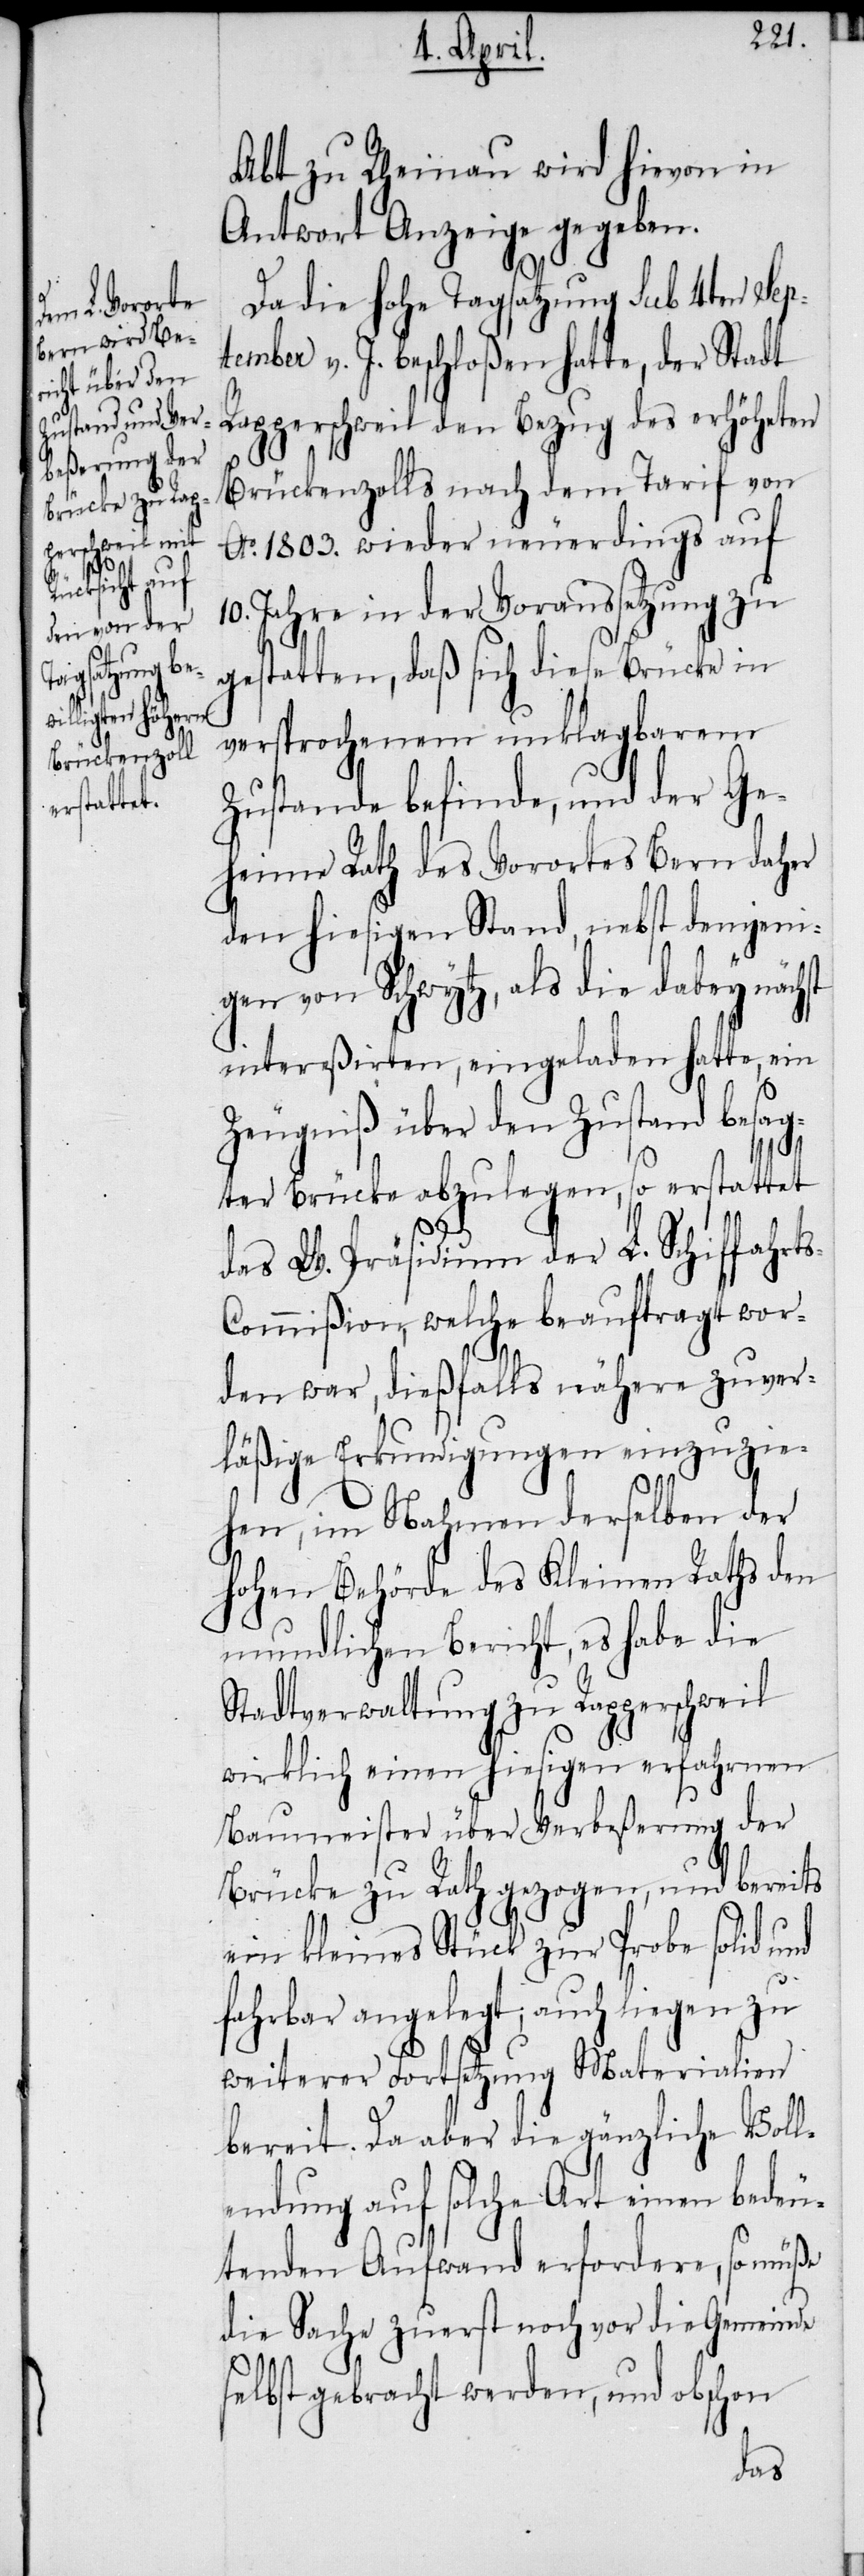
Abt zu Rheinau wird hievon in
Antwort Anzeige gegeben.
Da die hohe Tagsatzung sub 4ten Sep¬
tember v. J. beschloßen hatte, der Stadt
Rapperschweil den Bezug des erhöheten
Brückenzolls nach dem Tarif von
Ao. 1803. wieder neuerdings auf
10. Jahre in der Voraussetzung zu
gestatten, daß sich diese Brücke in
versprochenem unklagbarem
Zustande befinde, und der Ge¬
heime Rath des Vorortes Bern daher
den hiesigen Stand, nebst demjeni¬
gen von Schwytz, als die dabey nächst
intereßirten, eingeladen hatte, ein
Zeugniß über den Zustand besag¬
s-C¬
ter Brücke abzulegen, so erstattet
das W. Präsidium der L. Schiffahrt¬
ommißion, welche beauftragt wor¬
den war, dießfalls nähere zuver¬
läßige Erkundigungen einzuzie¬
hen, im Nahmen derselben der
hohen Behörde des Kleinen Raths den
mundlichen Bericht, es habe die
Stadtverwaltung zu Rapperschweil
wirklich einen hiesigen erfahrnen
Baumeister über Verbeßerung der
Brücke zu Rath gezogen, und bereits
ein kleines Stück zur Probe solid und
fahrbar angelegt; auch liegen zu
weiterer Fortsetzung Materialien
bereit. Da aber die gänzliche Voll¬
endung auf solche Art einen bedeu¬
tenden Aufwand erfordere, so müße
die Sache zuerst noch vor die Gemeinde
selbst gebracht werden, und obschon